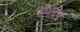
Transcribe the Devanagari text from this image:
चौधरींचा